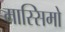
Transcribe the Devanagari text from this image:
मास्‍सिमो